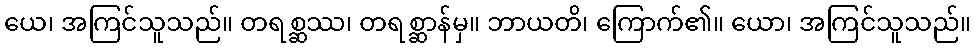
ယေ၊ အကြင်သူသည်။ တရစ္ဆဿ၊ တရစ္ဆာန်မှ။ ဘာယတိ၊ ကြောက်၏။ ယော၊ အကြင်သူသည်။